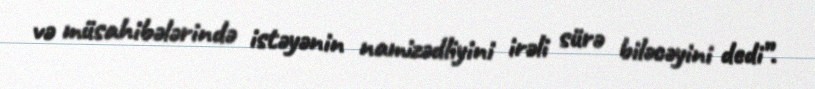
və müsahibələrində istəyənin namizədliyini irəli sürə biləcəyini dedi”.